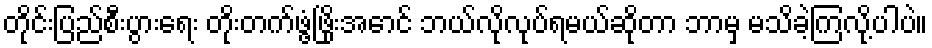
တိုင်းပြည်စီးပွားရေး တိုးတက်ဖွံ့ဖြိုးအောင် ဘယ်လိုလုပ်ရမယ်ဆိုတာ ဘာမှ မသိခဲ့ကြလို့ပါပဲ။